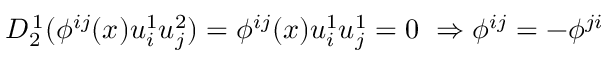
D _ { 2 } ^ { \, 1 } ( \phi ^ { i j } ( x ) u _ { i } ^ { 1 } u _ { j } ^ { 2 } ) = \phi ^ { i j } ( x ) u _ { i } ^ { 1 } u _ { j } ^ { 1 } = 0 \ \Rightarrow \phi ^ { i j } = - \phi ^ { j i }